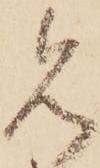
見